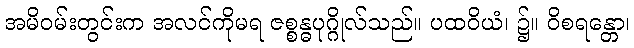
အမိဝမ်းတွင်းက အလင်ကိုမရ ဇစ္စန္ဓပုဂ္ဂိုလ်သည်။ ပထဝိယံ၊ ၌။ ဝိစရန္တော၊